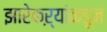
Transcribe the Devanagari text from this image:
झारेकऱ्यांकडून